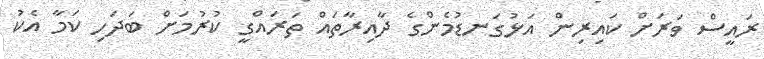
ރައީސް ވަރަށް ކައިރިން އަޅުގަނޑުމެންގެ ދާއިރާތައް ތަރައްގީ ކުރުމަށް ބަދަހި ކަމާ އެކު